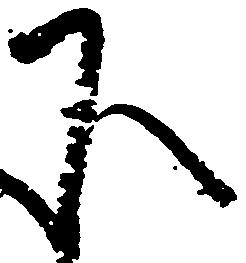
下